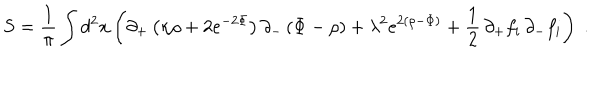
LaTeX: S = { \frac { 1 } { \pi } } \int d ^ { 2 } x \left( \partial _ { + } \left( \kappa \rho + 2 e ^ { - 2 \Phi } \right) \partial _ { - } \left( \Phi - \rho \right) + \lambda ^ { 2 } e ^ { 2 \left( \rho - \Phi \right) } + { \frac { 1 } { 2 } } \, \partial _ { + } f _ { i } \, \partial _ { - } f _ { i } \right) \; .